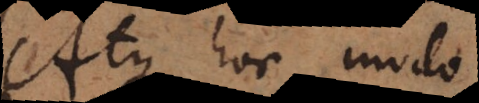
Atque hoc modo